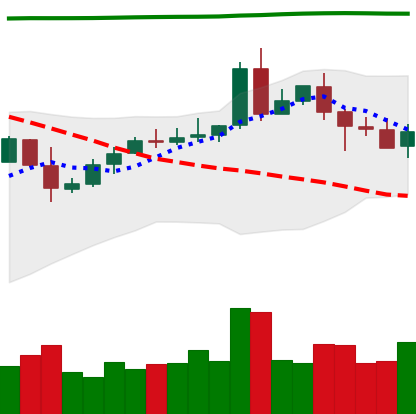
Ticker: EOS-USD
Chart end date: 2020-05-07
Forward return: -11.578%
Label: down_7plus